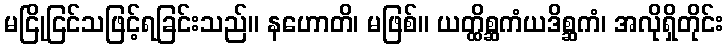
မငြိုငြင်သဖြင့်ရခြင်းသည်။ နဟောတိ၊ မဖြစ်။ ယတ္ထိစ္ဆကံယဒိစ္ဆကံ၊ အလိုရှိတိုင်း